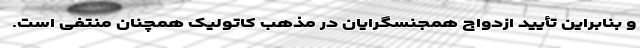
و بنابراین تأیید ازدواج همجنسگرایان در مذهب کاتولیک همچنان منتفی است.